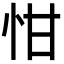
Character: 㤌